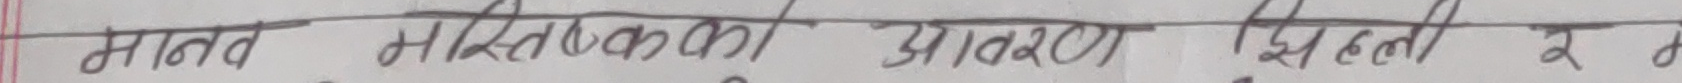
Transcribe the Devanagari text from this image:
मानव मस्तिष्कको आवरण थिएका